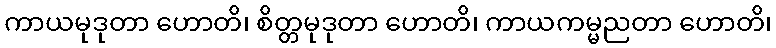
ကာယမုဒုတာ ဟောတိ၊ စိတ္တမုဒုတာ ဟောတိ၊ ကာယကမ္မညတာ ဟောတိ၊